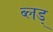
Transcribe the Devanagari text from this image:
ब्लड्